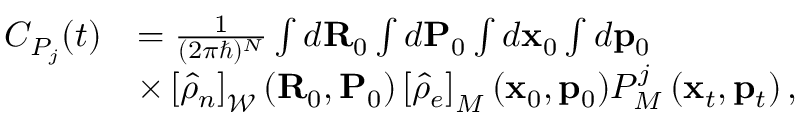
\begin{array} { r l } { C _ { P _ { j } } ( t ) } & { = \frac { 1 } { ( 2 \pi \hbar ) ^ { N } } \int d { \bf R } _ { 0 } \int d { \bf P } _ { 0 } \int d { \bf x } _ { 0 } \int d { \bf p } _ { 0 } } \\ & { \times \left[ \hat { \rho } _ { n } \right] _ { \mathcal { W } } ( { \bf R } _ { 0 } , { \bf P } _ { 0 } ) \left[ \hat { \rho } _ { e } \right] _ { M } ( { \bf x } _ { 0 } , { \bf p } _ { 0 } ) P _ { M } ^ { j } \left( { \bf x } _ { t } , { \bf p } _ { t } \right) , } \end{array}